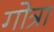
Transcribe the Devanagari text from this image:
गोत्रा